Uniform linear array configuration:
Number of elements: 48
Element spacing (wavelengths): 0.5
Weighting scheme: exponential
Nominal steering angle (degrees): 15
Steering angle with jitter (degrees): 16.972
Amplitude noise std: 0.05
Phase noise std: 0.05

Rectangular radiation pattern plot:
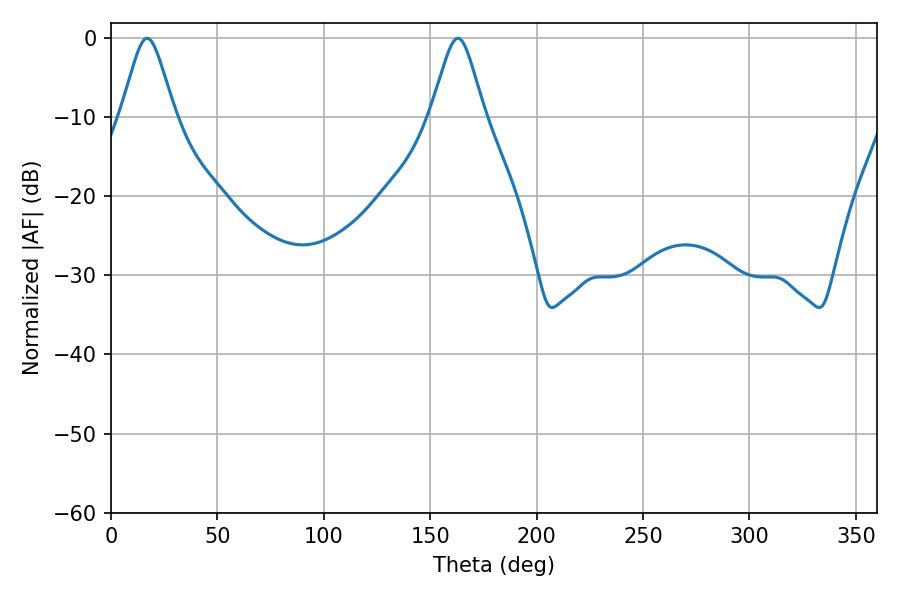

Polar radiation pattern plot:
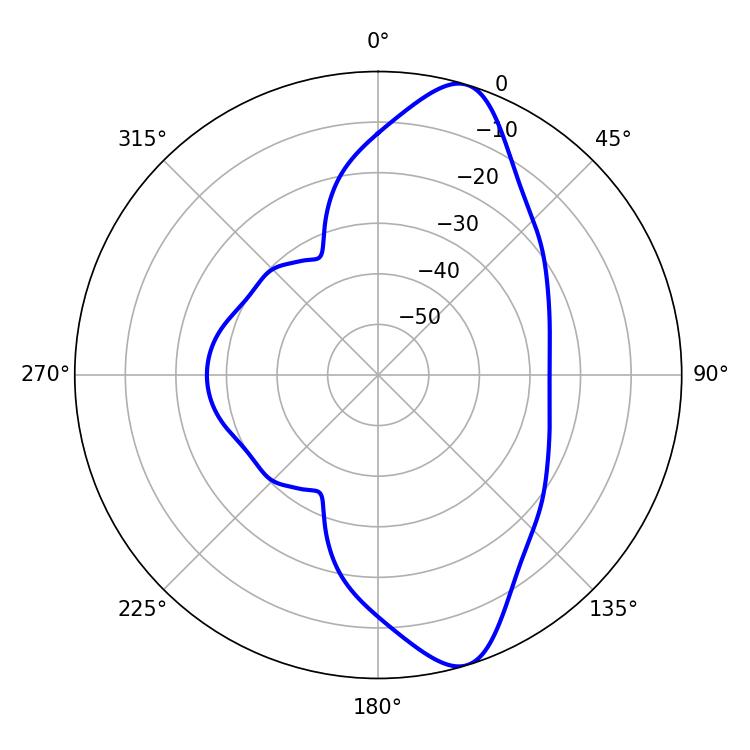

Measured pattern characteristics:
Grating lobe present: FALSE
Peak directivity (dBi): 10.963
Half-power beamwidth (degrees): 12.06
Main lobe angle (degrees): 16.92